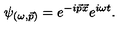
\psi _ { ( \omega , \vec { p } ) } = e ^ { - i \vec { p } \vec { x } } e ^ { i \omega t } .